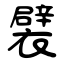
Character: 襞